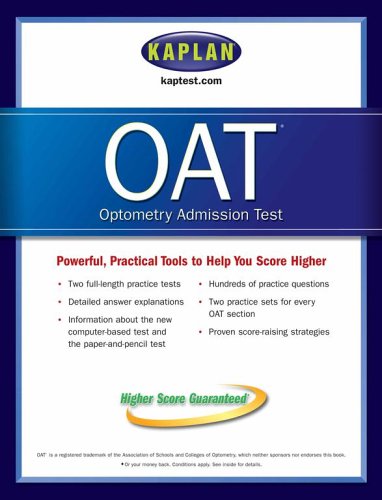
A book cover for Kaplan OAT; Kaplan; Test Preparation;